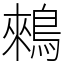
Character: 鶆